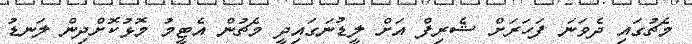
މެޗުގައި ދެވަނަ ފަހަރަށް ޝެރިފް އަށް ލީޑުނަގައިދީ މެޗުން އެޓީމު މޮޅުކޮށްދިން ލަނޑު